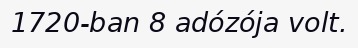
1720-ban 8 adózója volt.